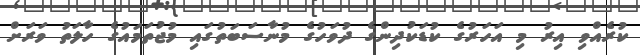
ކުރެއްވި އިރު މި އަހަރުގެ ކުޑަކުދިންގެ ދުވަހުގެ މުނާސަބަތުގައި މުޖުތަމައުގެ ހާލަތު ވަރަށް